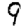
Digit: 9